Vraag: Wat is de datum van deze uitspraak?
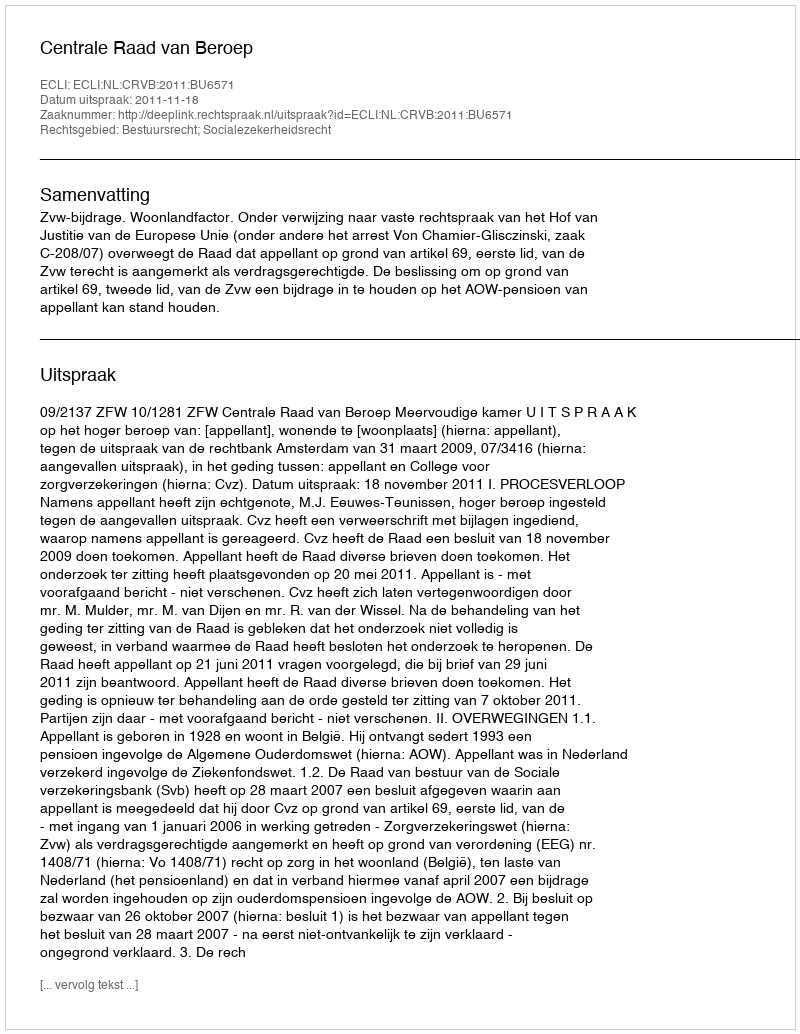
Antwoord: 2011-11-18